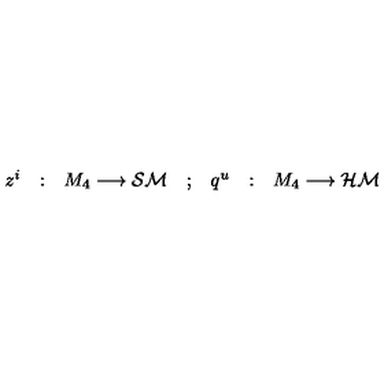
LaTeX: \begin{array} { c c c c c c c } { z ^ { i } } & { : } & { M _ { 4 } \longrightarrow { \cal S M } } & { ; } & { q ^ { u } } & { : } & { M _ { 4 } \longrightarrow { \cal H M } } \\ \end{array}